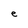
Character: e